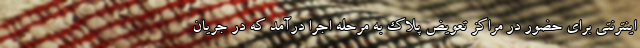
اینترنتی برای حضور در مراکز تعویض پلاک به مرحله اجرا درآمد که در جریان